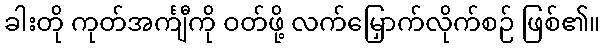
ခါးတို ကုတ်အင်္ကျီကို ဝတ်ဖို့ လက်မြှောက်လိုက်စဉ် ဖြစ်၏။